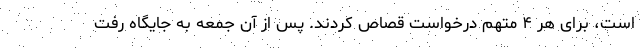
است، برای هر ۴ متهم درخواست قصاص کردند. پس از آن جمعه به جایگاه رفت